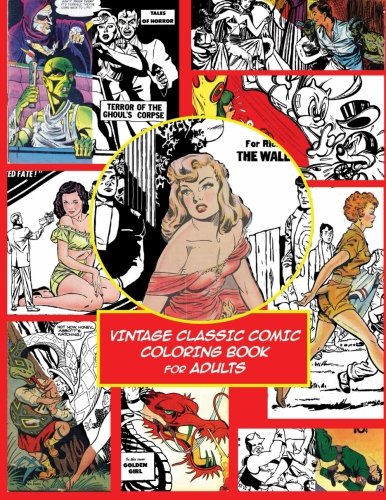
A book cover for Vintage Classic Comic Colouring Book For Adults (Creative Coloring Inspirations); Awesome Coloring Books; Science Fiction & Fantasy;